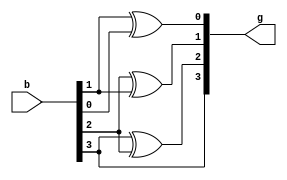
module binary_gray (b,g);

input [3:0]b;
output [3:0]g;
  
xor (g[0], b[1], b[0]);   
xor (g[1], b[2], b[1]); // g[1]=b[2]^b[1];
xor (g[2], b[3], b[2]);  //g[2]=b[3]^b[2];
buf (g[3], b[3]); //g[3]=b[3];

endmodule